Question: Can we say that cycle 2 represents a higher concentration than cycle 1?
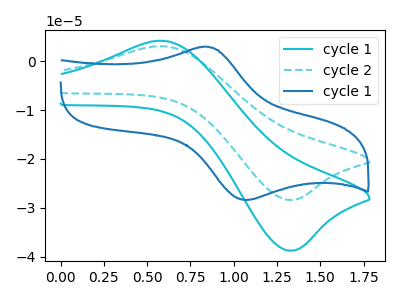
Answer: <think>The cyan curve "cycle 1" has an anodic peak at (0.60V, 4.10uA) and a cathodic peak at (1.30V, -38.75uA). The cyan dashed curve "cycle 2" has an anodic peak at (0.60V, 3.00uA) and a cathodic peak at (1.30V, -28.40uA). The blue curve "cycle 1" has an anodic peak at (0.85V, 2.90uA) and a cathodic peak at (1.05V, -28.40uA).
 All the peaks in "cycle 2" have a peak in "cycle 1" at the same potential. Every peak in "cycle 2" is lower than every peak in "cycle 1".</think>
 <answer>"cycle 2" has less signal than "cycle 1" and so likely has a lower concentration.</answer>
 <eval>less_concentration</eval>